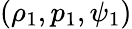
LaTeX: (\rho_{1},p_{1},\psi_{1})